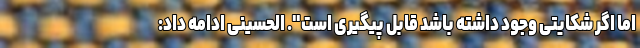
اما اگر شکایتی وجود داشته باشد قابل پیگیری است". الحسینی ادامه داد: